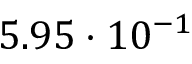
5 . 9 5 \cdot 1 0 ^ { - 1 }